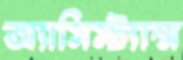
অ্যাসিস্ট্যান্স